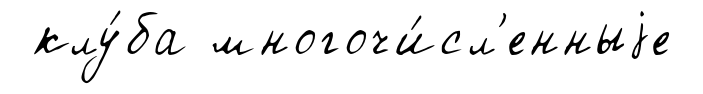
клу́ба многочи́сл'енныjе